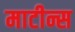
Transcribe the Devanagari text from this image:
माटीन्स